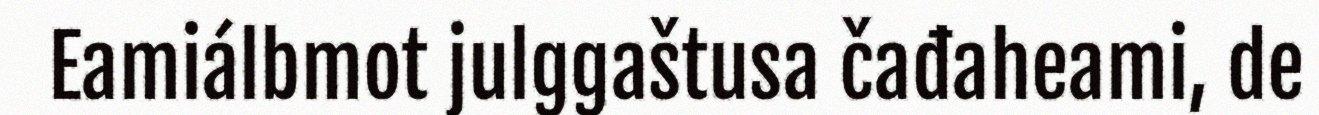
Eamiálbmot julggaštusa čađaheami, de